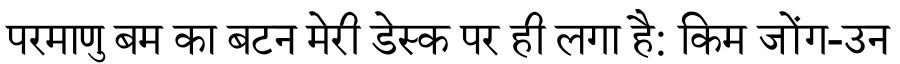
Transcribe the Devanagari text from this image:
परमाणु बम का बटन मेरी डेस्क पर ही लगा है: किम जोंग-उन